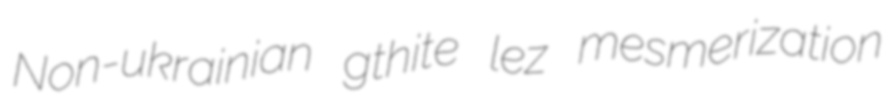
Non-ukrainian gthite lez mesmerization